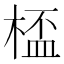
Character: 㮎